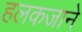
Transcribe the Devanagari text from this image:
हलकजाने